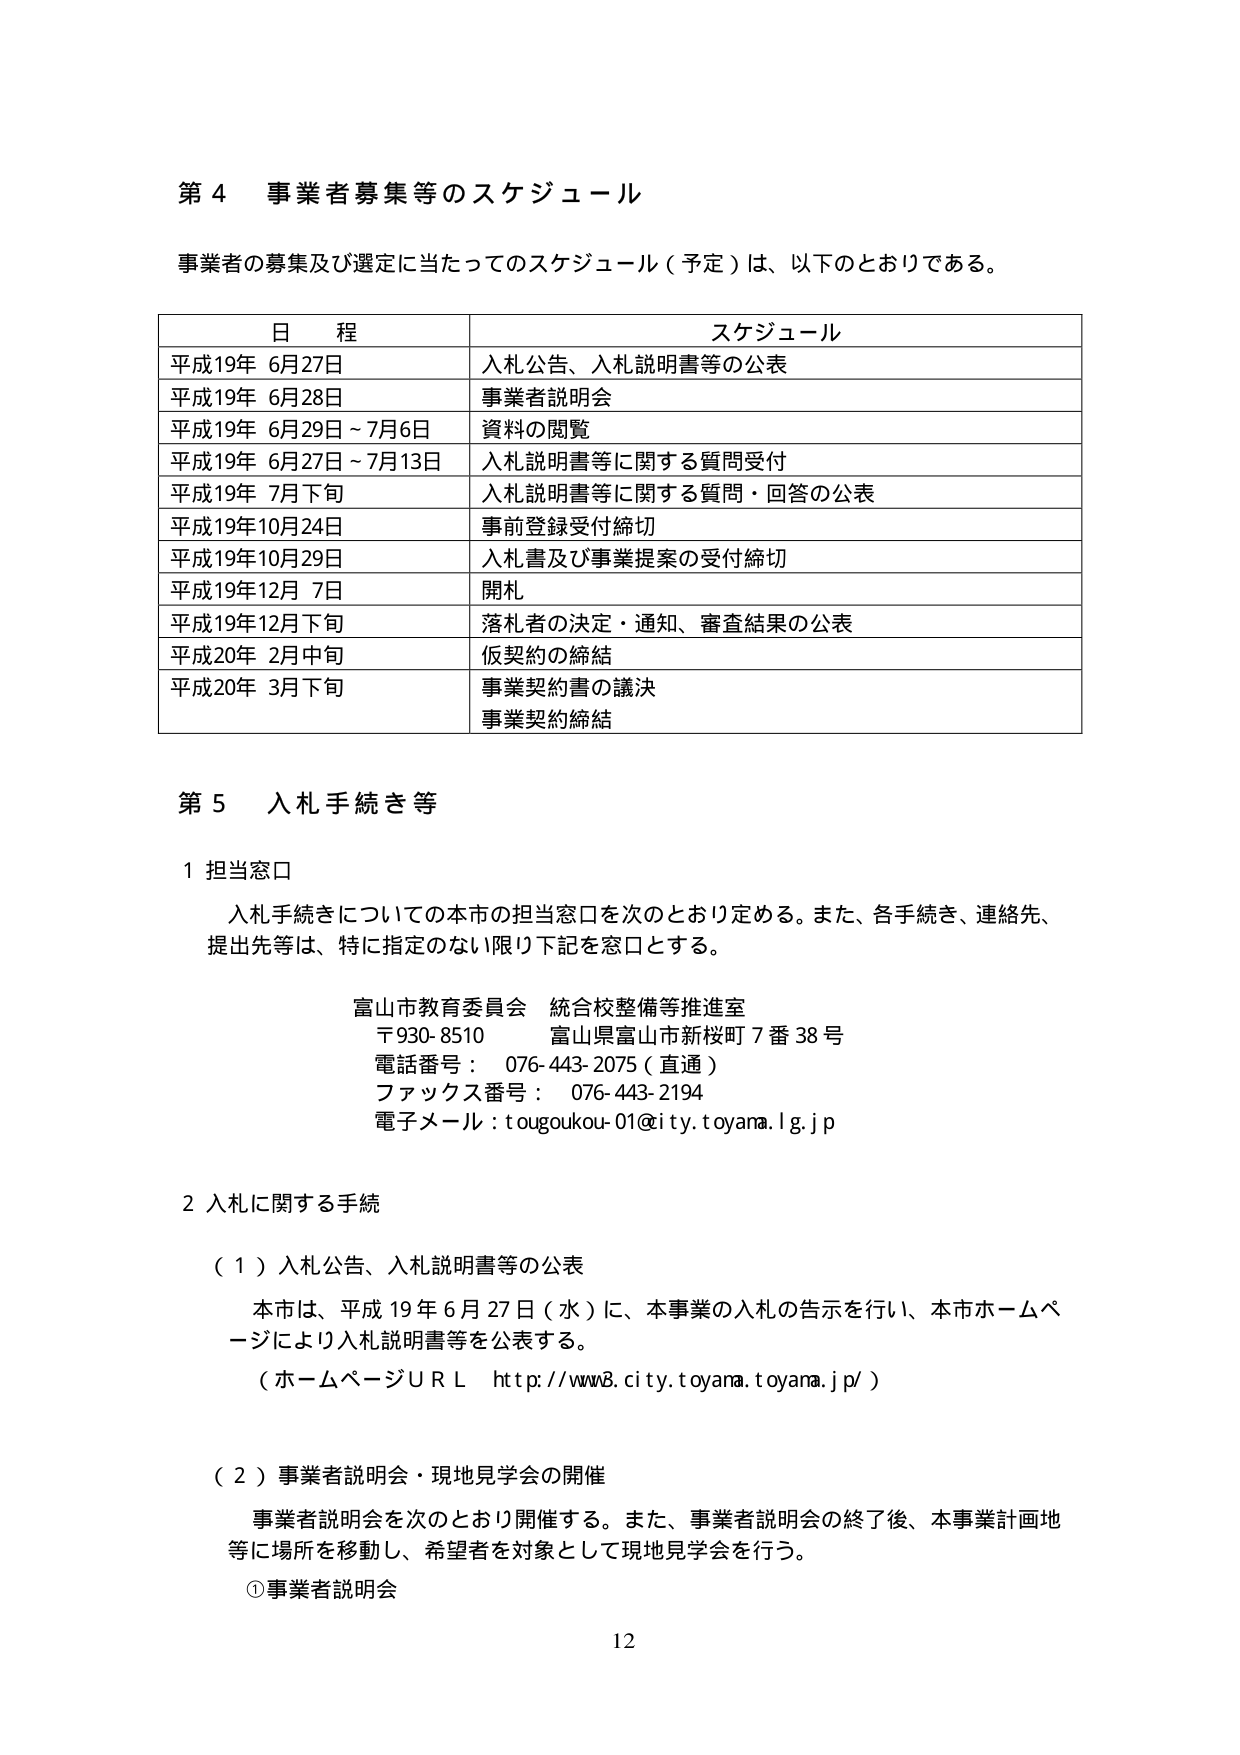
第４ 事業者募集等のスケジュール

事業者の募集及び選定に当たってのスケジュール（予定）は、以下のとおりである。

日程 スケジュール
平成19年 6月27日 入札公告、入札説明書等の公表
平成19年 6月28日 事業者説明会
平成19年 6月29日～7月6日 資料の閲覧
平成19年 6月27日～7月13日 入札説明書等に関する質問受付
平成19年 7月下旬 入札説明書等に関する質問・回答の公表
平成19年10月24日 事前登録受付締切
平成19年10月29日 入札書及び事業提案の受付締切
平成19年12月 7日 開札
平成19年12月下旬 落札者の決定・通知、審査結果の公表
平成20年 2月中旬 仮契約の締結
平成20年 3月下旬 事業契約書の議決
事業契約締結

第５ 入札手続き等

１ 担当窓口
入札手続きについての本市の担当窓口を次のとおり定める。また、各手続き、連絡先、
提出先等は、特に指定のない限り下記を窓口とする。

富山市教育委員会 統合校整備等推進室
〒930-8510 富山県富山市新桜町7番38号
電話番号： 076-443-2075（直通）
ファックス番号： 076-443-2194
電子メール：tougoukou-01@city.toyama.lg.jp

２ 入札に関する手続

（１）入札公告、入札説明書等の公表
本市は、平成19年6月27日（水）に、本事業の入札の告示を行い、本市ホームページにより入札説明書等を公表する。
（ホームページＵＲＬ http://www8.city.toyama.toyama.jp/）

（２）事業者説明会・現地見学会の開催
事業者説明会を次のとおり開催する。また、事業者説明会の終了後、本事業計画地等に場所を移動し、希望者を対象として現地見学会を行う。
①事業者説明会

12